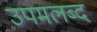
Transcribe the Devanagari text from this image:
उपमलब्द